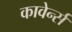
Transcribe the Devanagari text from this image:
कावेर्न्स